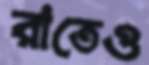
রাতেও